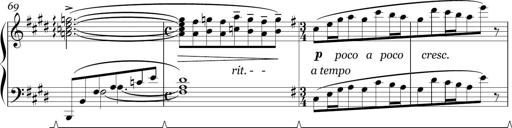
Title: Sonatina in E minor
Composer: Shuwen Zhang
Key: E minor